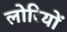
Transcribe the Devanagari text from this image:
लोरियों